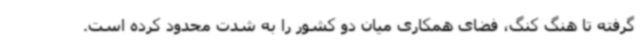
گرفته تا هنگ کنگ، فضای همکاری میان دو کشور را به شدت محدود کرده است.